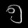
Digit: ၅